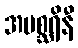
အမစ္ဆရိနီ